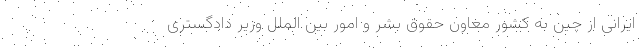
ایرانی از چین به کشور معاون حقوق بشر و امور بین الملل وزیر دادگستری